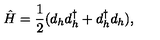
\hat { H } = { \frac { 1 } { 2 } } ( d _ { h } d _ { h } ^ { \dagger } + d _ { h } ^ { \dagger } d _ { h } ) ,